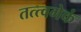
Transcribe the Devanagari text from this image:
तत्त्वमेकं